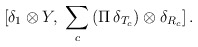
\begin{align*}[\delta_1 \otimes Y , \, \, \sum_c \, (\Pi \, \delta_{T_c}) \otimes \delta_{R_c}] \, . \end{align*}